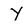
Character: Y